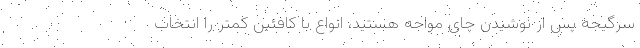
سرگیجه پس از نوشیدن چای مواجه هستید، انواع با کافئین کمتر را انتخاب